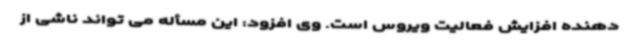
دهنده افزایش فعالیت ویروس است. وی افزود: این مسأله می تواند ناشی از